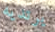
يرتديه